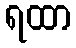
ရထာ